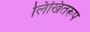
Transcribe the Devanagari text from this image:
लिखितरूप